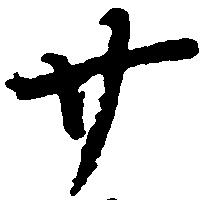
廿